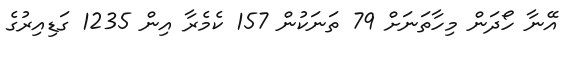
އޭނާ ހޯދަން މިހާތަނަށް 79 ތަނަކުން 157 ކެމެރާ އިން 1235 ގަޑިއިރުގެ